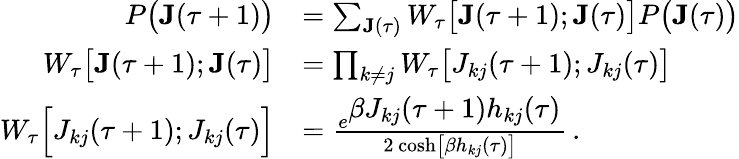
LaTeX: \begin{array}{rl}{P\big(\mathbf{J}(\tau+1)\big)}&{=\sum_{\mathbf{J}(\tau)}W_{\tau}\big[\mathbf{J}(\tau+1);\mathbf{J}(\tau)\big]P\big(\mathbf{J}(\tau)\big)}\\ {W_{\tau}\big[\mathbf{J}(\tau+1);\mathbf{J}(\tau)\big]}&{=\prod_{k\neq j}W_{\tau}\big[J_{kj}(\tau+1);J_{kj}(\tau)\big]}\\ {W_{\tau}\Big[J_{kj}(\tau+1);J_{kj}(\tau)\Big]}&{=\frac{e^{\displaystyle\beta J_{kj}(\tau+1)h_{kj}(\tau)}}{2\, \mathrm{cosh}\big[\beta h_{kj}(\tau)\big]}\, .}\end{array}